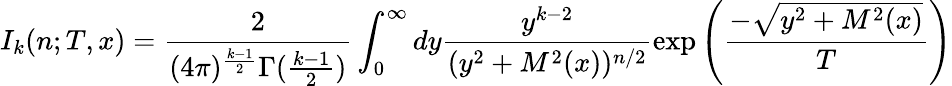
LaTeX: I_{k}(n;T,x)=\frac{2}{(4\pi)^{\frac{k-1}{2}}\Gamma(\frac{k-1}{2})}\int_{0}^{\infty}dy\frac{y^{k-2}}{(y^{2}+M^{2}(x))^{n/2}}\exp\left(\frac{-\sqrt{y^{2}+M^{2}(x)}}{T}\right)